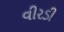
વીરડી